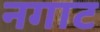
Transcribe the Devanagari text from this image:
नगाट